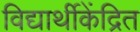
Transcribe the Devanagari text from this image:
विद्यार्थीकेंद्रित